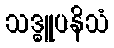
သဒ္ဓူပနိသံ